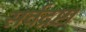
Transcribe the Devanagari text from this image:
सर्वद्रष्टा